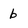
Character: b